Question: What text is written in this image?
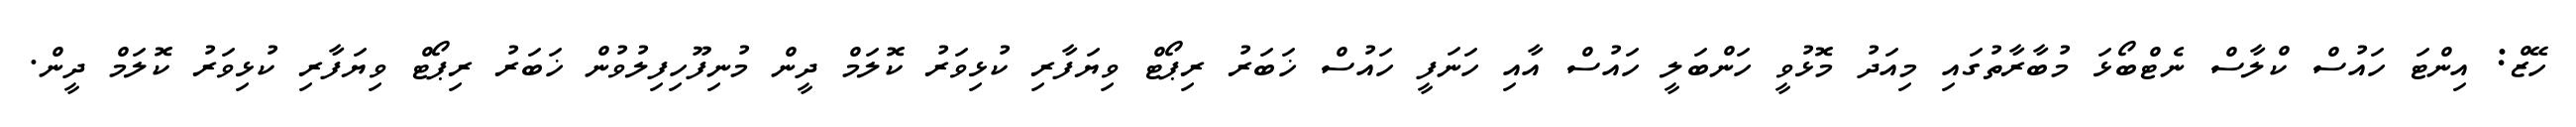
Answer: ހޭޒް: އިންޓަ ހައުސް ކްލާސް ނެޓްބޯޅަ މުބާރާތުގައި މިއަދު މޮޅުވީ ހަންބަލީ ހައުސް އާއި ހަނަފީ ހައުސް ޚަބަރު ރިޕޯޓް ވިޔަފާރި ކުޅިވަރު ކޮލަމް ދީން މުނިފޫހިފިލުވުން ޚަބަރު ރިޕޯޓް ވިޔަފާރި ކުޅިވަރު ކޮލަމް ދީން.